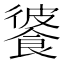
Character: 𩜔